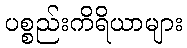
ပစ္စည်းကိရိယာများ